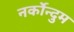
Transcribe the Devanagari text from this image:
नर्कोन्दुम